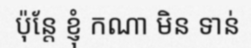
ប៉ុន្តែ ខ្ញុំ កណា មិន ទាន់